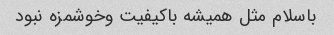
باسلام مثل همیشه باکیفیت وخوشمزه نبود